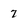
Character: 7